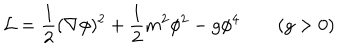
{ \cal L } = { \frac { 1 } { 2 } } ( \nabla \phi ) ^ { 2 } + { \frac { 1 } { 2 } } m ^ { 2 } \phi ^ { 2 } - g \phi ^ { 4 } \qquad ( g > 0 )